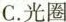
C.光圈